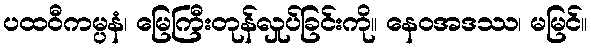
ပထဝီကမ္ပနံ၊ မြေကြီးတုန်လှုပ်ခြင်းကို။ နေဝအဒဿ၊ မမြင်။